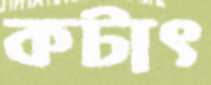
কটাৎ